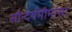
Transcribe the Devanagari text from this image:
सौन्दर्यमीमांसा